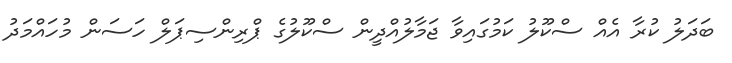
ބަދަލު ކުރާ އެއް ސްކޫލު ކަމުގައިވާ ޖަމާލުއްދީން ސްކޫލުގެ ޕްރިންސިޕަލް ހަސަން މުހައްމަދު